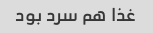
غذا هم سرد بود